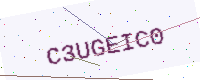
Text: C3UGEIC0